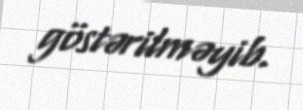
göstərilməyib.